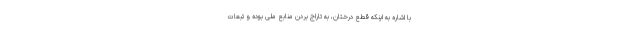
با اشاره به اینکه قطع درختان، به تاراج بردن منابع ملی بوده و تبعات